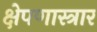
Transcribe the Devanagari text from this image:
क्षेपणास्त्रार